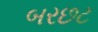
બરછટ